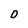
Character: D